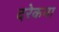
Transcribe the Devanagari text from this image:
दरेकना